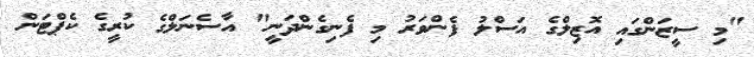
"މި ސީޒަންގައި އޮޒިލްގެ އަސްލު ފެންވަރު މި ފެނިގެންދަނީ" އާސެނަލްގެ ކުރީގެ ކެޕްޓަން